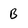
Character: B